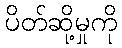
ပိတ်ဆို့မှုကို